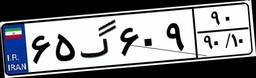
۶۵گ۶۰۹۹۰